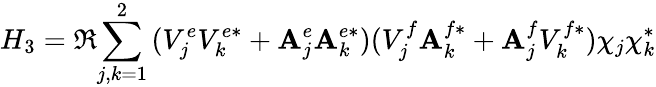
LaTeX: H_{3}=\Re{\sum_{j,k=1}^{2}{(V_{j}^{e}V_{k}^{e*}+\mathbf{A}_{j}^{e}\mathbf{A}_{k}^{e*})(V_{j}^{f}\mathbf{A}_{k}^{f*}+\mathbf{A}_{j}^{f}V_{k}^{f*})\chi_{j}\chi_{k}^{*}}}